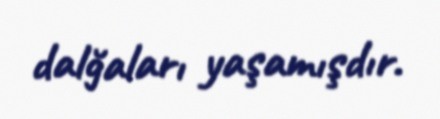
dalğaları yaşamışdır.